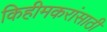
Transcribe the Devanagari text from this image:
किहीमकरांसाठी